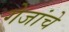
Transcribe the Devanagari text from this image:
गेजांचे